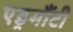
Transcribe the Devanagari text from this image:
एड्रमौंटी